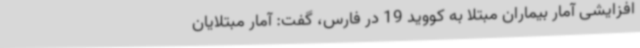
افزایشی آمار بیماران مبتلا به کووید 19 در فارس، گفت: آمار مبتلایان